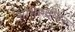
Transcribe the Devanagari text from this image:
अभिरुचीवर